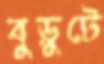
বুড়ুটে